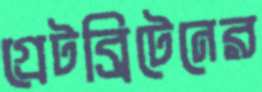
গ্রেটব্রিটেনের